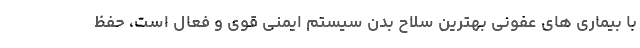
با بیماری های عفونی بهترین سلاح بدن سیستم ایمنی قوی و فعال است، حفظ